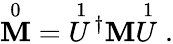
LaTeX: {\stackrel{0}{\mathbf{M}}}={\stackrel{1}{U}\! ^{\dagger}}\mathbf{M}{\stackrel{1}{U}}\; .